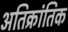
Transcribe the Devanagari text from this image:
अतिक्रांतिक